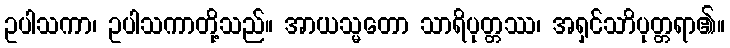
ဥပါသကာ၊ ဥပါသကာတို့သည်။ အာယသ္မတော သာရိပုတ္တဿ၊ အရှင်သာိပုတ္တရာ၏။